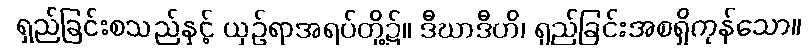
ရှည်ခြင်းစသည်နှင့် ယှဉ်ရာအရပ်တို့၌။ ဒီဃာဒီဟိ၊ ရှည်ခြင်းအစရှိကုန်သော။